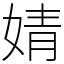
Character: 婧